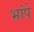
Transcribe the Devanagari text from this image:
भांपे